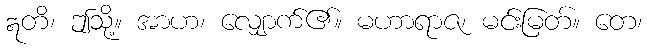
ဣတိ၊ ဤသို့။ အာဟ၊ လျှောက်၏။ မဟာရာဇ၊ မင်းမြတ်။ တေ၊